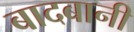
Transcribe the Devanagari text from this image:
बादबानी